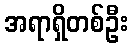
အရာရှိတစ်ဦး